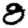
Digit: 8